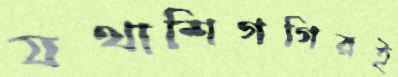
যথাশিগগিরই